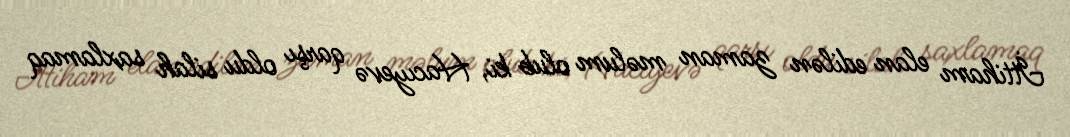
İttiham elan edilən zaman məlum olub ki, Hacıyevə qarşı oldu silah saxlamaq